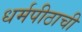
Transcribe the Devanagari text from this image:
धर्मपीठाची